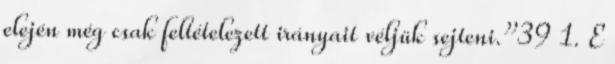
elején még csak feltételezett irányait véljük sejteni.”39 1. E